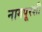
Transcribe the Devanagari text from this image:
नागपूरशी